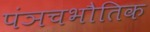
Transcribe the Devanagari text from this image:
पंञचभौतिक